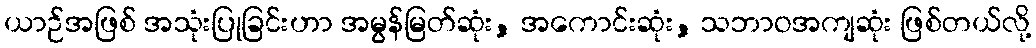
ယာဉ်အဖြစ် အသုံးပြုခြင်းဟာ အမွန်မြတ်ဆုံး, အကောင်းဆုံး, သဘာဝအကျဆုံး ဖြစ်တယ်လို့